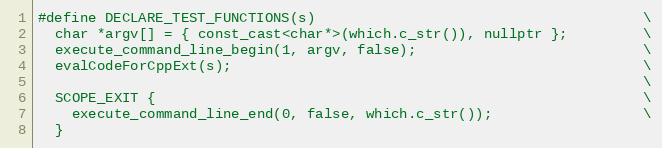
Language: C
#define DECLARE_TEST_FUNCTIONS(s)                                       \
  char *argv[] = { const_cast<char*>(which.c_str()), nullptr };         \
  execute_command_line_begin(1, argv, false);                           \
  evalCodeForCppExt(s);                                                 \
                                                                        \
  SCOPE_EXIT {                                                          \
    execute_command_line_end(0, false, which.c_str());                  \
  }